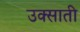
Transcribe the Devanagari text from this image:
उक्साती